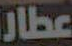
عطار